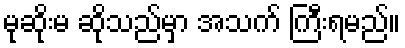
မုဆိုးမ ဆိုသည်မှာ အသက် ကြီးရမည်။